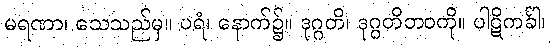
မရဏာ၊ သေသည်မှ။ ပရံ၊ နောက်၌။ ဒုဂ္ဂတိ၊ ဒုဂ္ဂတိဘဝကို။ ပါဋိကင်္ခါ၊